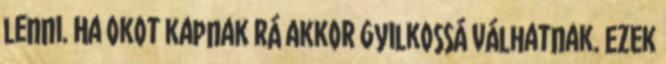
lenni. Ha okot kapnak rá akkor gyilkossá válhatnak. Ezek